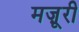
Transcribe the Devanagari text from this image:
मज़ूरी